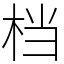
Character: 档